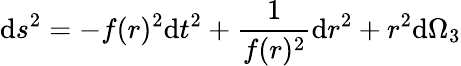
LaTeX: \mathrm{d}s^{2}=-f(r)^{2}\mathrm{d}t^{2}+{\frac{{1}}{{f(r)^{2}}}}\mathrm{d}r^{2}+r^{2}\mathrm{d}\Omega_{3}